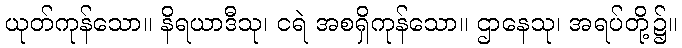
ယုတ်ကုန်သော။ နိရယာဒီသု၊ ငရဲ အစရှိကုန်သော။ ဌာနေသု၊ အရပ်တို့၌။